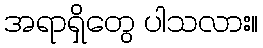
အရာရှိတွေ ပါသလား။